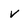
Character: v